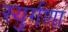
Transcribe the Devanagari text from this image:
स्युर्गणा